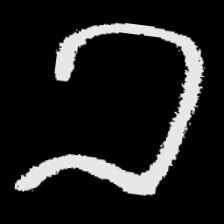
Pyu character \u2014 Myanmar letter: ခ (romanized: kha)